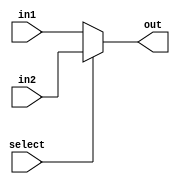
module mux_32_2_1(
// define input  port
input  [31:0]in1,
input [31:0]in2, 
input select,
// define the output port
output  [31:0]out
);
// assign one of the inputs to the output based upon select line input
assign out = (select==1'b1) ? in2 : in1;
endmodule